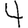
Digit: 4